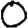
Digit: 0